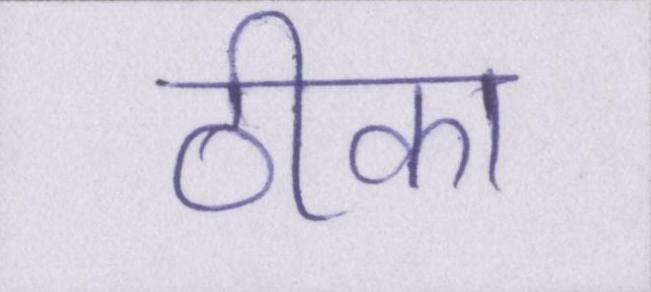
ठीका